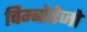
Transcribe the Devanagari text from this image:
चिम्बोरेजो